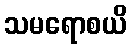
သမရောစယိ